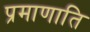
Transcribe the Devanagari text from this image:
प्रमाणाति